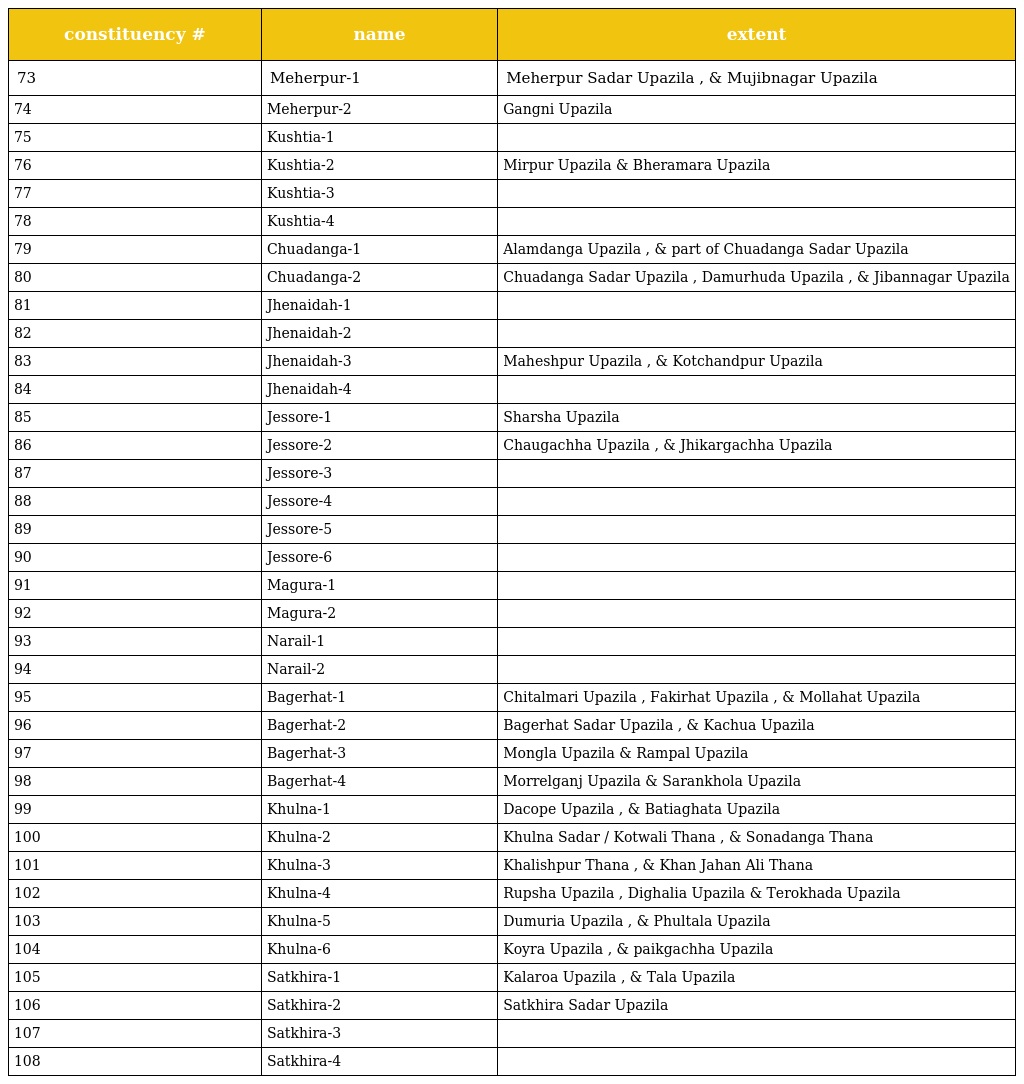
| constituency # | name | extent |
 | --- | --- | --- |
 | 73 | Meherpur-1 | Meherpur Sadar Upazila , & Mujibnagar Upazila |
 | 74 | Meherpur-2 | Gangni Upazila |
 | 75 | Kushtia-1 |  |
 | 76 | Kushtia-2 | Mirpur Upazila & Bheramara Upazila |
 | 77 | Kushtia-3 |  |
 | 78 | Kushtia-4 |  |
 | 79 | Chuadanga-1 | Alamdanga Upazila , & part of Chuadanga Sadar Upazila |
 | 80 | Chuadanga-2 | Chuadanga Sadar Upazila , Damurhuda Upazila , & Jibannagar Upazila |
 | 81 | Jhenaidah-1 |  |
 | 82 | Jhenaidah-2 |  |
 | 83 | Jhenaidah-3 | Maheshpur Upazila , & Kotchandpur Upazila |
 | 84 | Jhenaidah-4 |  |
 | 85 | Jessore-1 | Sharsha Upazila |
 | 86 | Jessore-2 | Chaugachha Upazila , & Jhikargachha Upazila |
 | 87 | Jessore-3 |  |
 | 88 | Jessore-4 |  |
 | 89 | Jessore-5 |  |
 | 90 | Jessore-6 |  |
 | 91 | Magura-1 |  |
 | 92 | Magura-2 |  |
 | 93 | Narail-1 |  |
 | 94 | Narail-2 |  |
 | 95 | Bagerhat-1 | Chitalmari Upazila , Fakirhat Upazila , & Mollahat Upazila |
 | 96 | Bagerhat-2 | Bagerhat Sadar Upazila , & Kachua Upazila |
 | 97 | Bagerhat-3 | Mongla Upazila & Rampal Upazila |
 | 98 | Bagerhat-4 | Morrelganj Upazila & Sarankhola Upazila |
 | 99 | Khulna-1 | Dacope Upazila , & Batiaghata Upazila |
 | 100 | Khulna-2 | Khulna Sadar / Kotwali Thana , & Sonadanga Thana |
 | 101 | Khulna-3 | Khalishpur Thana , & Khan Jahan Ali Thana |
 | 102 | Khulna-4 | Rupsha Upazila , Dighalia Upazila & Terokhada Upazila |
 | 103 | Khulna-5 | Dumuria Upazila , & Phultala Upazila |
 | 104 | Khulna-6 | Koyra Upazila , & paikgachha Upazila |
 | 105 | Satkhira-1 | Kalaroa Upazila , & Tala Upazila |
 | 106 | Satkhira-2 | Satkhira Sadar Upazila |
 | 107 | Satkhira-3 |  |
 | 108 | Satkhira-4 |  |